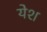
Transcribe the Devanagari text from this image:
येश